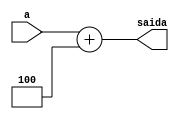
module Somador4 (a,saida);
  input [31:0]a;
  output [31:0]saida;
  assign saida = a+4'b0100; //Proximo valor de PC
endmodule //Somador4